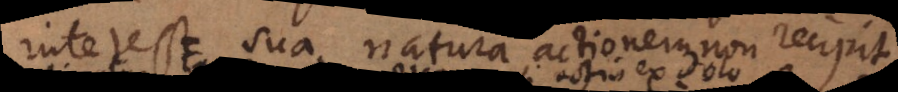
interest sua natura actionem non recipit.